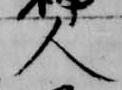
人